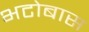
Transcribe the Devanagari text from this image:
भटोबास